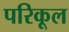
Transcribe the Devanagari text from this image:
परिकूल